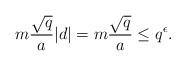
LaTeX: \begin{align*}m\frac{\sqrt{q}}{a} |d| = m\frac{\sqrt{q}}{a} \leq q^\epsilon. \end{align*}